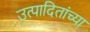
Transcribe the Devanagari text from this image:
उत्पादितांच्या